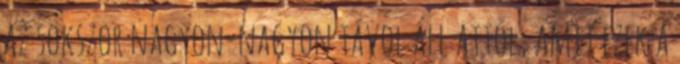
az sokszor nagyon-nagyon távol áll attól, amit ezek a